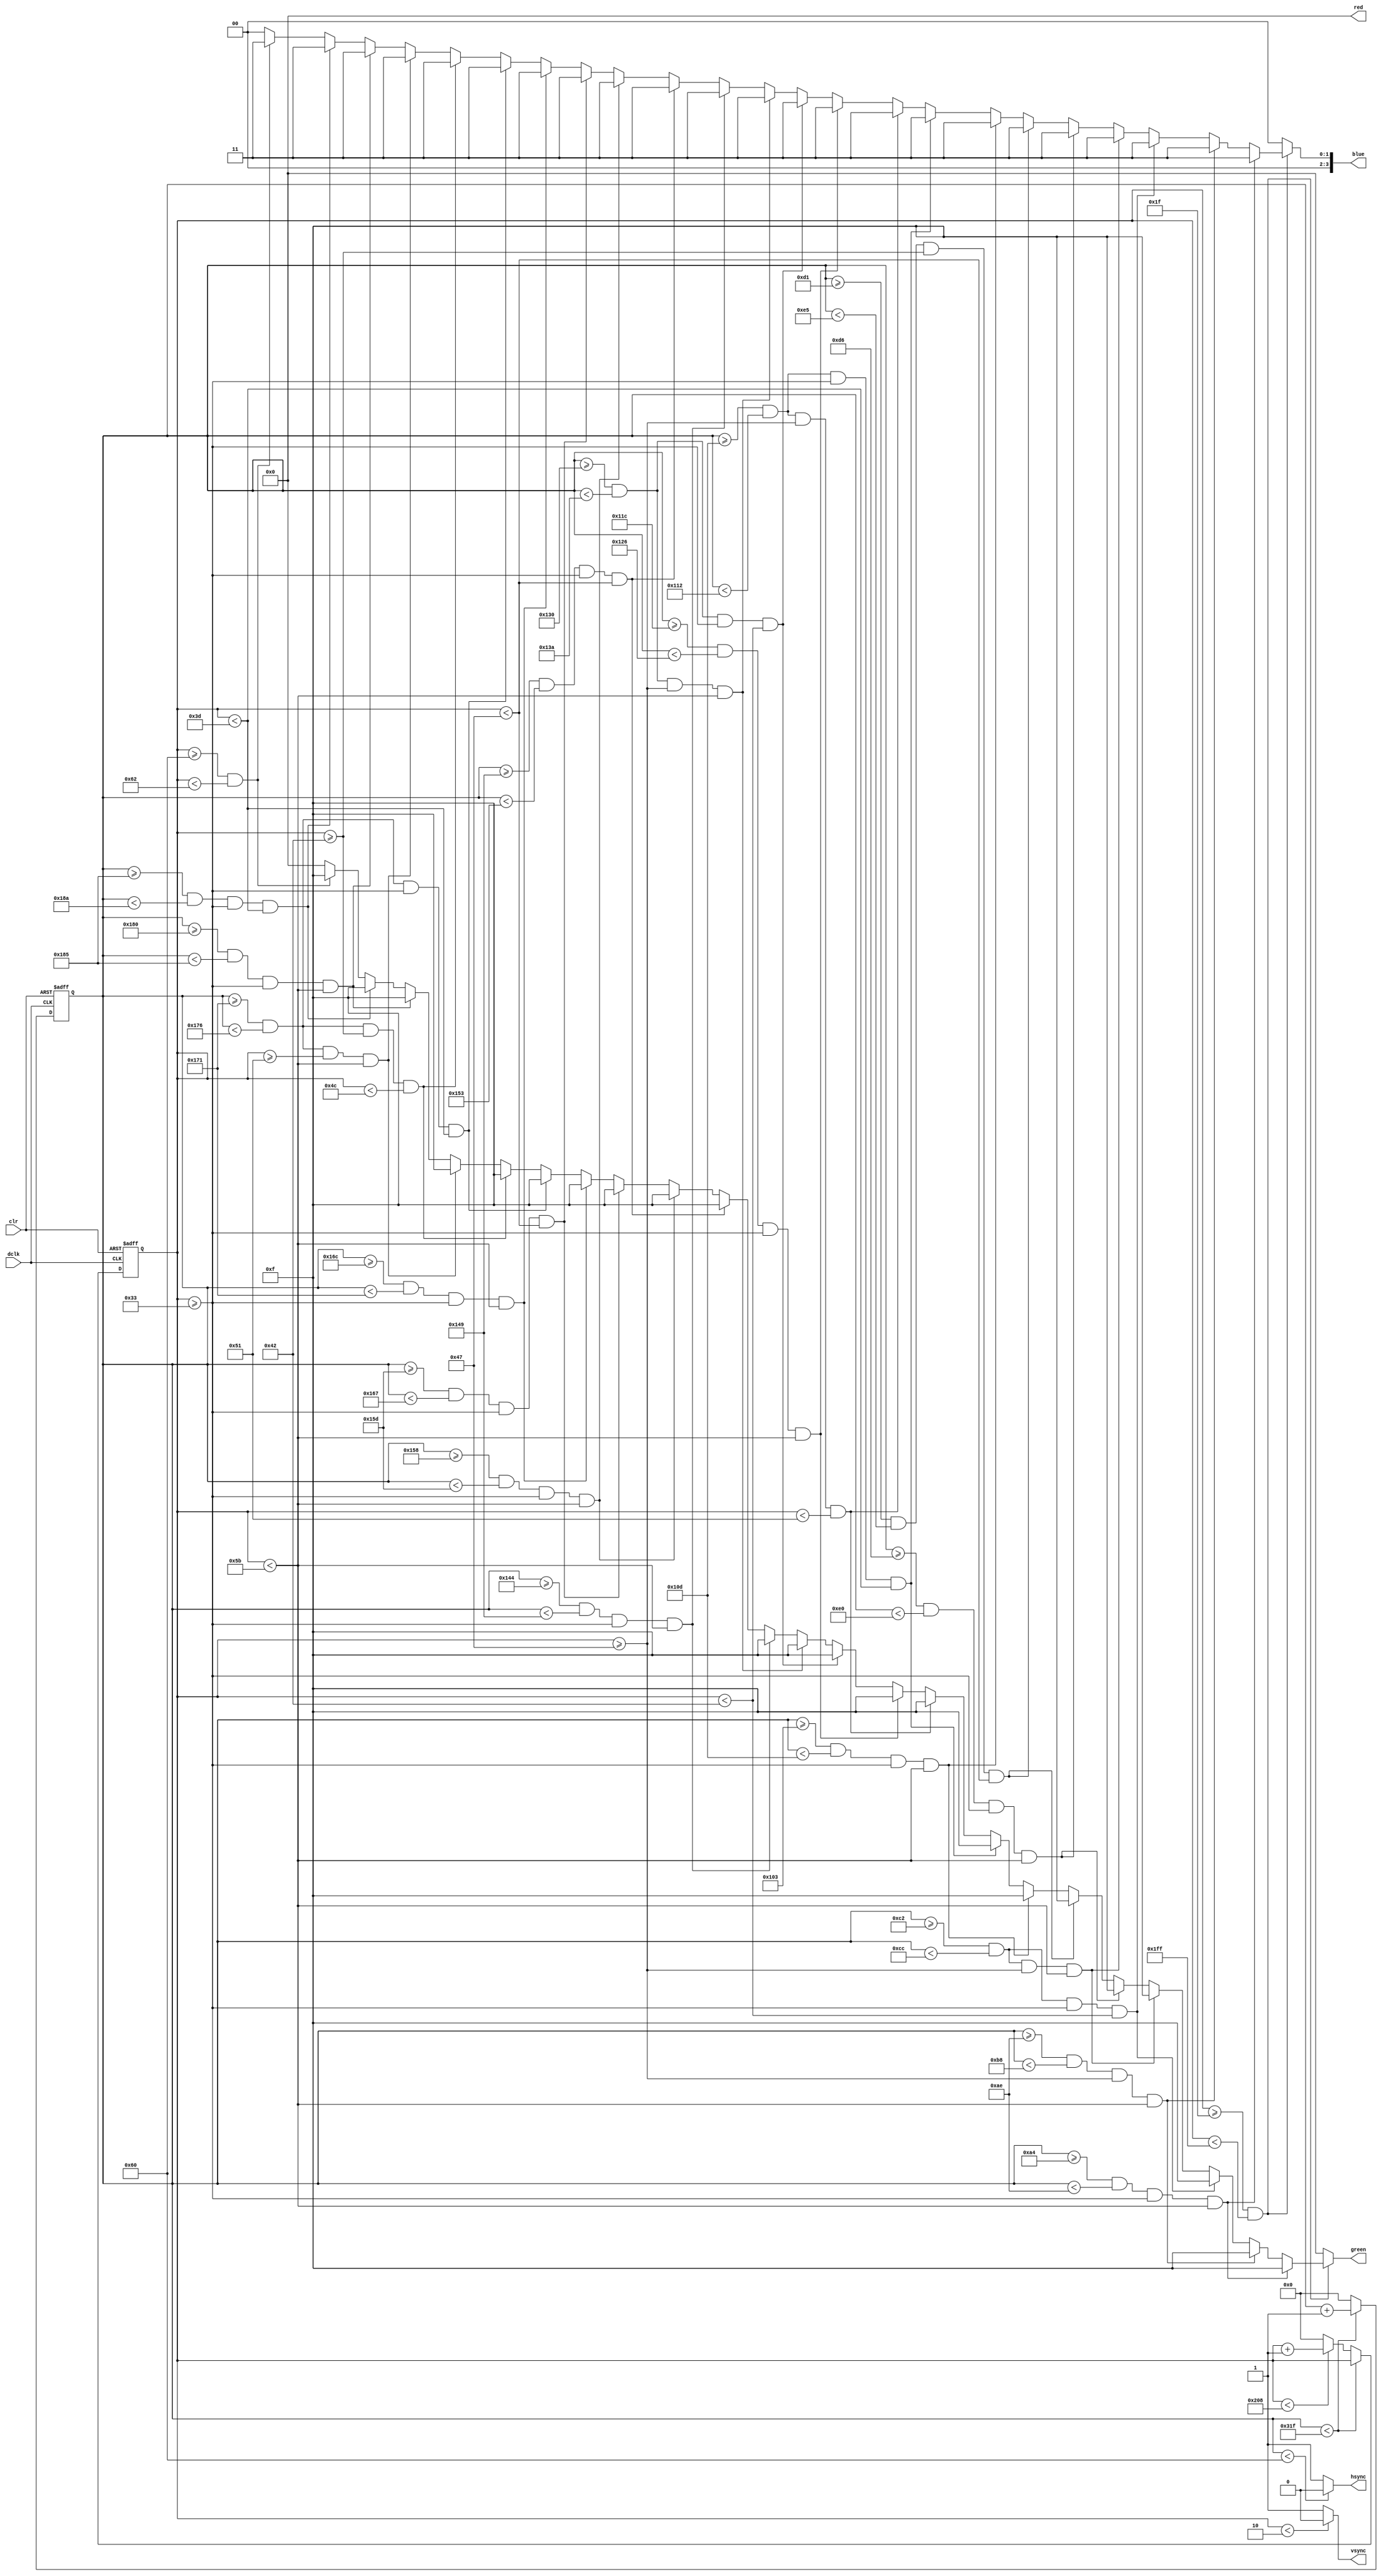
`timescale 1ns / 1ps
//////////////////////////////////////////////////////////////////////////////////
// Company: 
// Engineer: 
// 
// Design Name: 
// Module Name:    vga640x480 
// Project Name: 
// Target Devices: 
// Tool versions: 
// Description: 
//
// Dependencies: 
//
// Revision: 
// Revision 0.01 - File Created
// Additional Comments: 
//
//////////////////////////////////////////////////////////////////////////////////
module vga640x480(
	input wire dclk,			//pixel clock: 25MHz
	input wire clr,			//asynchronous reset
	output wire hsync,		//horizontal sync out
	output wire vsync,		//vertical sync out
	output reg [3:0] red,	//red vga output
	output reg [3:0] green, //green vga output
	output reg [3:0] blue	//blue vga output
	);

// video structure constants
parameter hpixels = 800;// horizontal pixels per line
parameter vlines = 521; // vertical lines per frame
parameter hpulse = 96; 	// hsync pulse length
parameter vpulse = 2; 	// vsync pulse length
parameter hbp = 144; 	// end of horizontal back porch
parameter hfp = 784; 	// beginning of horizontal front porch
parameter vbp = 31; 		// end of vertical back porch
parameter vfp = 511; 	// beginning of vertical front porch
// active horizontal video is therefore: 784 - 144 = 640
// active vertical video is therefore: 511 - 31 = 480

// registers for storing the horizontal & vertical counters
reg [9:0] hc;
reg [9:0] vc;

// Horizontal & vertical counters --
// this is how we keep track of where we are on the screen.
// ------------------------
// Sequential "always block", which is a block that is
// only triggered on signal transitions or "edges".
// posedge = rising edge  &  negedge = falling edge
// Assignment statements can only be used on type "reg" and need to be of the "non-blocking" type: <=
always @(posedge dclk or posedge clr)
begin
	// reset condition
	if (clr == 1)
	begin
		hc <= 0;
		vc <= 0;
	end
	else
	begin
		// keep counting until the end of the line
		if (hc < hpixels - 1)
			hc <= hc + 1;
		else
		// When we hit the end of the line, reset the horizontal
		// counter and increment the vertical counter.
		// If vertical counter is at the end of the frame, then
		// reset that one too.
		begin
			hc <= 0;
			if (vc < vlines - 1)
				vc <= vc + 1;
			else
				vc <= 0;
		end
		
	end
end

// generate sync pulses (active low)
// ----------------
// "assign" statements are a quick way to
// give values to variables of type: wire
assign hsync = (hc < hpulse) ? 0:1;
assign vsync = (vc < vpulse) ? 0:1;

// display 100% saturation colorbars
// ------------------------
// Combinational "always block", which is a block that is
// triggered when anything in the "sensitivity list" changes.
// The asterisk implies that everything that is capable of triggering the block
// is automatically included in the sensitivty list.  In this case, it would be
// equivalent to the following: always @(hc, vc)
// Assignment statements can only be used on type "reg" and should be of the "blocking" type: =
always @(*)
begin
	// first check if we're within vertical active video range
	if (vc >= vbp && vc < vfp)
	begin
		// now display different colors every 80 pixels
		// while we're within the active horizontal range
		// -----------------
		// display white bar
//		if (hc >= hbp && hc < (hbp+80))
//		begin
//			red = 4'b1111;
//			green = 4'b1111;
//			blue = 4'b1111;
//		end
//		// display yellow bar
//		else if (hc >= (hbp+80) && hc < (hbp+160))
//		begin
//			red = 4'b1111;
//			green = 4'b1111;
//			blue = 4'b0000;
//		end
//		// display cyan bar
//		else if (hc >= (hbp+160) && hc < (hbp+240))
//		begin
//			red = 4'b0000;
//			green = 4'b1111;
//			blue = 4'b1111;
//		end
		// display b
		if (hc >= (hbp+20) && hc < (hbp+30) && vc >= (vbp+20) && vc < (vbp+60))
		begin
			red = 4'b0000;
			green = 4'b1111;
			blue = 4'b0011;
		end
		else if (hc >= (hbp+30) && hc < (hbp+40) && vc >= (vbp+40) && vc < (vbp+60))
        begin
            red = 4'b0000;
            green = 4'b1111;
            blue = 4'b0011;
        end
        
        // display i
        else if (hc >= (hbp+50) && hc < (hbp+60) && vc >= (vbp+20) && vc < (vbp+35))
        begin
            red = 4'b0000;
            green = 4'b1111;
            blue = 4'b0011;
        end
        else if (hc >= (hbp+50) && hc < (hbp+60) && vc >= (vbp+40) && vc < (vbp+60))
        begin
            red = 4'b0000;
            green = 4'b1111;
            blue = 4'b0011;
        end
        
        // display t
        else if (hc >= (hbp+70) && hc < (hbp+80) && vc >= (vbp+20) && vc < (vbp+60))
        begin
            red = 4'b0000;
            green = 4'b1111;
            blue = 4'b0011;
        end
        else if (hc >= (hbp+65) && hc < (hbp+85) && vc >= (vbp+35) && vc < (vbp+40))
        begin
            red = 4'b0000;
            green = 4'b1111;
            blue = 4'b0011;
        end
        
        
        
        // display F
        else if (hc >= (hbp+115) && hc < (hbp+125) && vc >= (vbp+20) && vc < (vbp+60))
        begin
            red = 4'b0000;
            green = 4'b1111;
            blue = 4'b0011;
        end
        else if (hc >= (hbp+125) && hc < (hbp+130) && vc >= (vbp+20) && vc < (vbp+30))
        begin
            red = 4'b0000;
            green = 4'b1111;
            blue = 4'b0011;
        end
        else if (hc >= (hbp+125) && hc < (hbp+130) && vc >= (vbp+40) && vc < (vbp+50))
        begin
            red = 4'b0000;
            green = 4'b1111;
            blue = 4'b0011;
        end
        
        // display l
        else if (hc >= (hbp+140) && hc < (hbp+150) && vc >= (vbp+20) && vc < (vbp+60))
        begin
            red = 4'b0000;
            green = 4'b1111;
            blue = 4'b0011;
        end
        
        // display i
         else if (hc >= (hbp+160) && hc < (hbp+170) && vc >= (vbp+20) && vc < (vbp+35))
               begin
                   red = 4'b0000;
                   green = 4'b1111;
                   blue = 4'b0011;
               end
          else if (hc >= (hbp+160) && hc < (hbp+170) && vc >= (vbp+40) && vc < (vbp+60))
               begin
                   red = 4'b0000;
                   green = 4'b1111;
                   blue = 4'b0011;
               end
        // display P
        
        else if (hc >= (hbp+180) && hc < (hbp+185) && vc >= (vbp+20) && vc < (vbp+60))
        begin
            red = 4'b0000;
            green = 4'b1111;
            blue = 4'b0011;
        end
        else if (hc >= (hbp+185) && hc < (hbp+195) && vc >= (vbp+20) && vc < (vbp+40))
        begin
            red = 4'b0000;
            green = 4'b1111;
            blue = 4'b0011;
        end
        
        else if (hc >= (hbp+200) && hc < (hbp+205) && vc >= (vbp+20) && vc < (vbp+60))
        begin
            red = 4'b0000;
            green = 4'b1111;
            blue = 4'b0011;
        end
        else if (hc >= (hbp+205) && hc < (hbp+215) && vc >= (vbp+20) && vc < (vbp+40))
        begin
            red = 4'b0000;
            green = 4'b1111;
            blue = 4'b0011;
        end
        
       // display E
        else if (hc >= (hbp+220) && hc < (hbp+225) && vc >= (vbp+20) && vc < (vbp+60))
        begin
            red = 4'b0000;
            green = 4'b1111;
            blue = 4'b0011;
        end
       else if (hc >= (hbp+225) && hc < (hbp+230) && vc >= (vbp+20) && vc < (vbp+30))
        begin
            red = 4'b0000;
            green = 4'b1111;
            blue = 4'b0011;
        end
        else if (hc >= (hbp+225) && hc < (hbp+230) && vc >= (vbp+35) && vc < (vbp+45))
        begin
            red = 4'b0000;
            green = 4'b1111;
            blue = 4'b0011;
        end
        else if (hc >= (hbp+225) && hc < (hbp+230) && vc >= (vbp+50) && vc < (vbp+60))
        begin
            red = 4'b0000;
            green = 4'b1111;
            blue = 4'b0011;
        end
        
        // display r
        else if (hc >= (hbp+240) && hc < (hbp+245) && vc >= (vbp+20) && vc < (vbp+60))
        begin
            red = 4'b0000;
           green = 4'b1111;
            blue = 4'b0011;
        end
        else if (hc >= (hbp+245) && hc < (hbp+250) && vc >= (vbp+20) && vc < (vbp+30))
       begin
            red = 4'b0000;
            green = 4'b1111;
            blue = 4'b0011;
        end
        
        // line
       else if (vc >= (vbp+65) && vc < (vbp+67))
       begin
            red = 4'b0000;
            green = 4'b1111;
            blue = 4'b0011;
       end
        
		// display black bar
		else if (hc >= (hbp+560) && hc < (hbp+640))
		begin
			red = 4'b0000;
			green = 4'b0000;
			blue = 4'b0000;
		end
		// we're outside active horizontal range so display black
		else
		begin
			red = 0;
			green = 0;
			blue = 0;
		end
	end
	// we're outside active vertical range so display black
	else
	begin
		red = 0;
		green = 0;
		blue = 0;
	end
end

endmodule